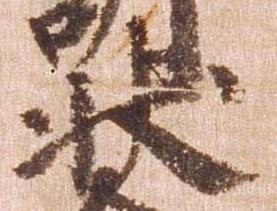
状